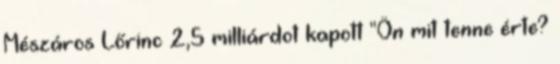
Mészáros Lőrinc 2,5 milliárdot kapott "Ön mit tenne érte?